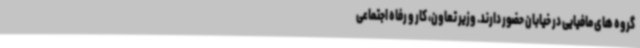
گروه های مافیایی در خیابان حضور دارند. وزیر تعاون، کار و رفاه اجتماعی